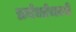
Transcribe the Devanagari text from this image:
प्रबंधांमध्ये